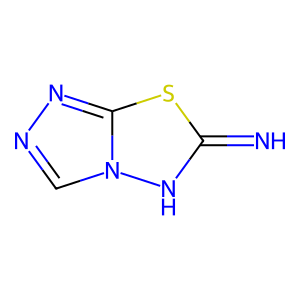
SMILES: N=c1[nH]n2cnnc2s1
Inhibits HIV replication: No